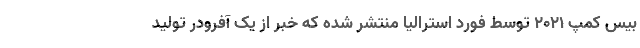
بیس کمپ 2021 توسط فورد استرالیا منتشر شده که خبر از یک آفرودر تولید